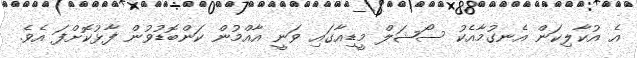
އެ އުކާލިކަން އެނގުމާއެކު ސޯޝަލް މީޑިއާގައި ވަނީ އާއްމުން ކަންބޮޑުވުން ފާޅުކޮށްފަ އެވެ.